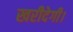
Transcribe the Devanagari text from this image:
खरीदेगी।